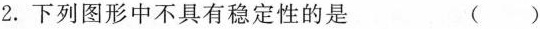
2.下列图形中不具有稳定性的是 ()